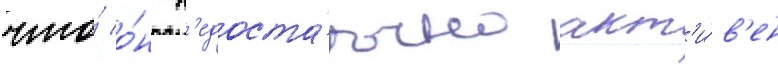
что́ о́н н'едоста́точно акт'и́в'ен